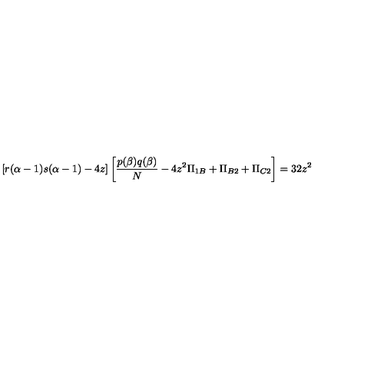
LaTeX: [ r ( \alpha - 1 ) s ( \alpha - 1 ) - 4 z ] \left[ \frac { p ( \beta ) q ( \beta ) } { N } - 4 z ^ { 2 } \Pi _ { 1 B } + \Pi _ { B 2 } + \Pi _ { C 2 } \right] = 3 2 z ^ { 2 }